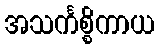
အသင်္ကစ္စိကာယ